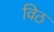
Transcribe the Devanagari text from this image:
विठ